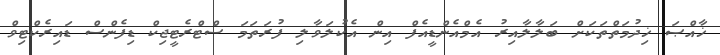
ޚާއްޞަ ޚިދުމަތްތަކަށް ބަލާލާއިރު އެމްއެންޑީއެފް އިން އެކުލަވާލި ފުރަތަމަ ސްޓްރެޓީޖިކް ޑިފެންްސް ޑައިރެކްޓިވް